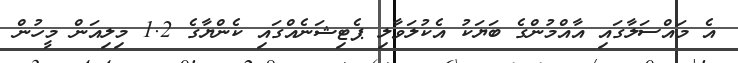
އެ މައްސަލާގައި އާއްމުންގެ ބަޔަކު އެކުލަވާލި ޕެޓިޝަނެއްގައި ކެންޔާގެ 1.2 މިލިއަން މީހުން